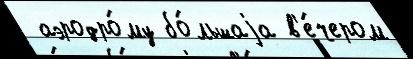
 аэродро́му бо́льшаjа в'е́чером